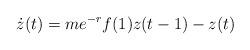
LaTeX: \begin{align*}\dot{z}(t)=me^{-r}f(1)z(t-1)-z(t)\end{align*}